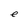
Character: e